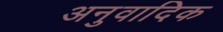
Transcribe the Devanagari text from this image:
अनुवादिक